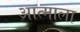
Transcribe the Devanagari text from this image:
आत्माला